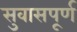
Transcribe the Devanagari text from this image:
सुवासपूर्ण